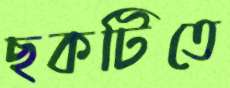
ছকটিতে